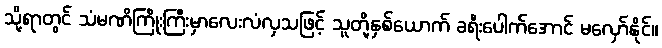
သို့ရာတွင် သံမဏိကြိုးကြီးမှာလေးလံလှသဖြင့် သူတို့နှစ်ယောက် ခရီးပေါက်အောင် မလှော်နိုင်။